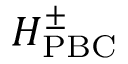
H _ { \mathrm { P B C } } ^ { \pm }